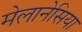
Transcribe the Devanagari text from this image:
मेलानेसिया